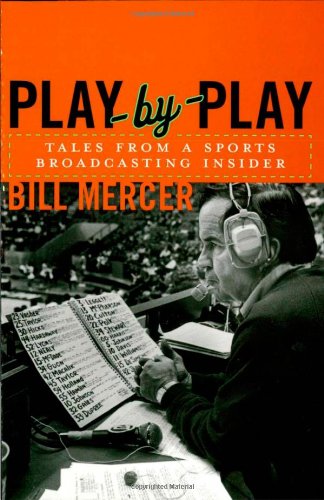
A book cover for Play-by-Play: Tales from a Sportscasting Insider; Bill Mercer; Sports & Outdoors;